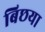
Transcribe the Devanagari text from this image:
बिछया